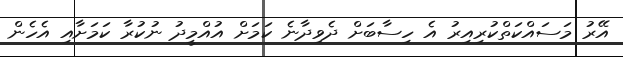
އޭރު މަސައްކަތްކުރިއިރު އެ ހިސާބަށް ދެވިދާނެ ކަމަށް އުއްމީދު ނުކުރާ ކަމަށާއި އެހެން